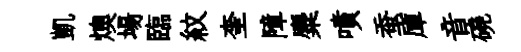
凱燠場臨紋奎障麋噴蚕庫音磽